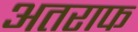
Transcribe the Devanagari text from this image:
अतराफ